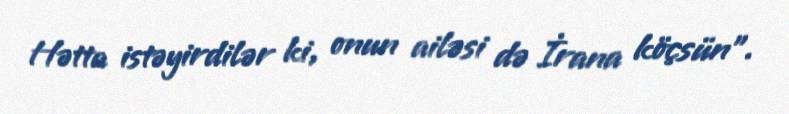
Hətta istəyirdilər ki, onun ailəsi də İrana köçsün”.